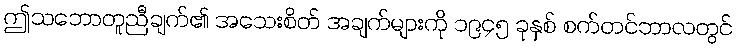
ဤသဘောတူညီချက်၏ အသေးစိတ် အချက်များကို ၁၉၄၅ ခုနှစ် စက်တင်ဘာလတွင်